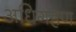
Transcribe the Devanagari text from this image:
अधिगहण